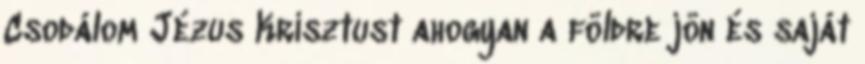
Csodálom Jézus Krisztust ahogyan a földre jön és saját